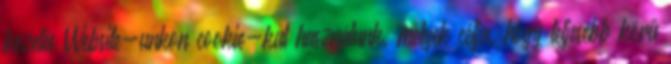
kezelés Website-unkon cookie-kat használunk, melyek célja, hogy teljesebb körű